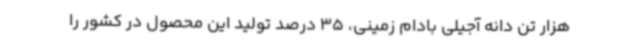
هزار تن دانه آجیلی بادام زمینی، 35 درصد تولید این محصول در کشور را